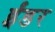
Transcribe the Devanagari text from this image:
ईंडर